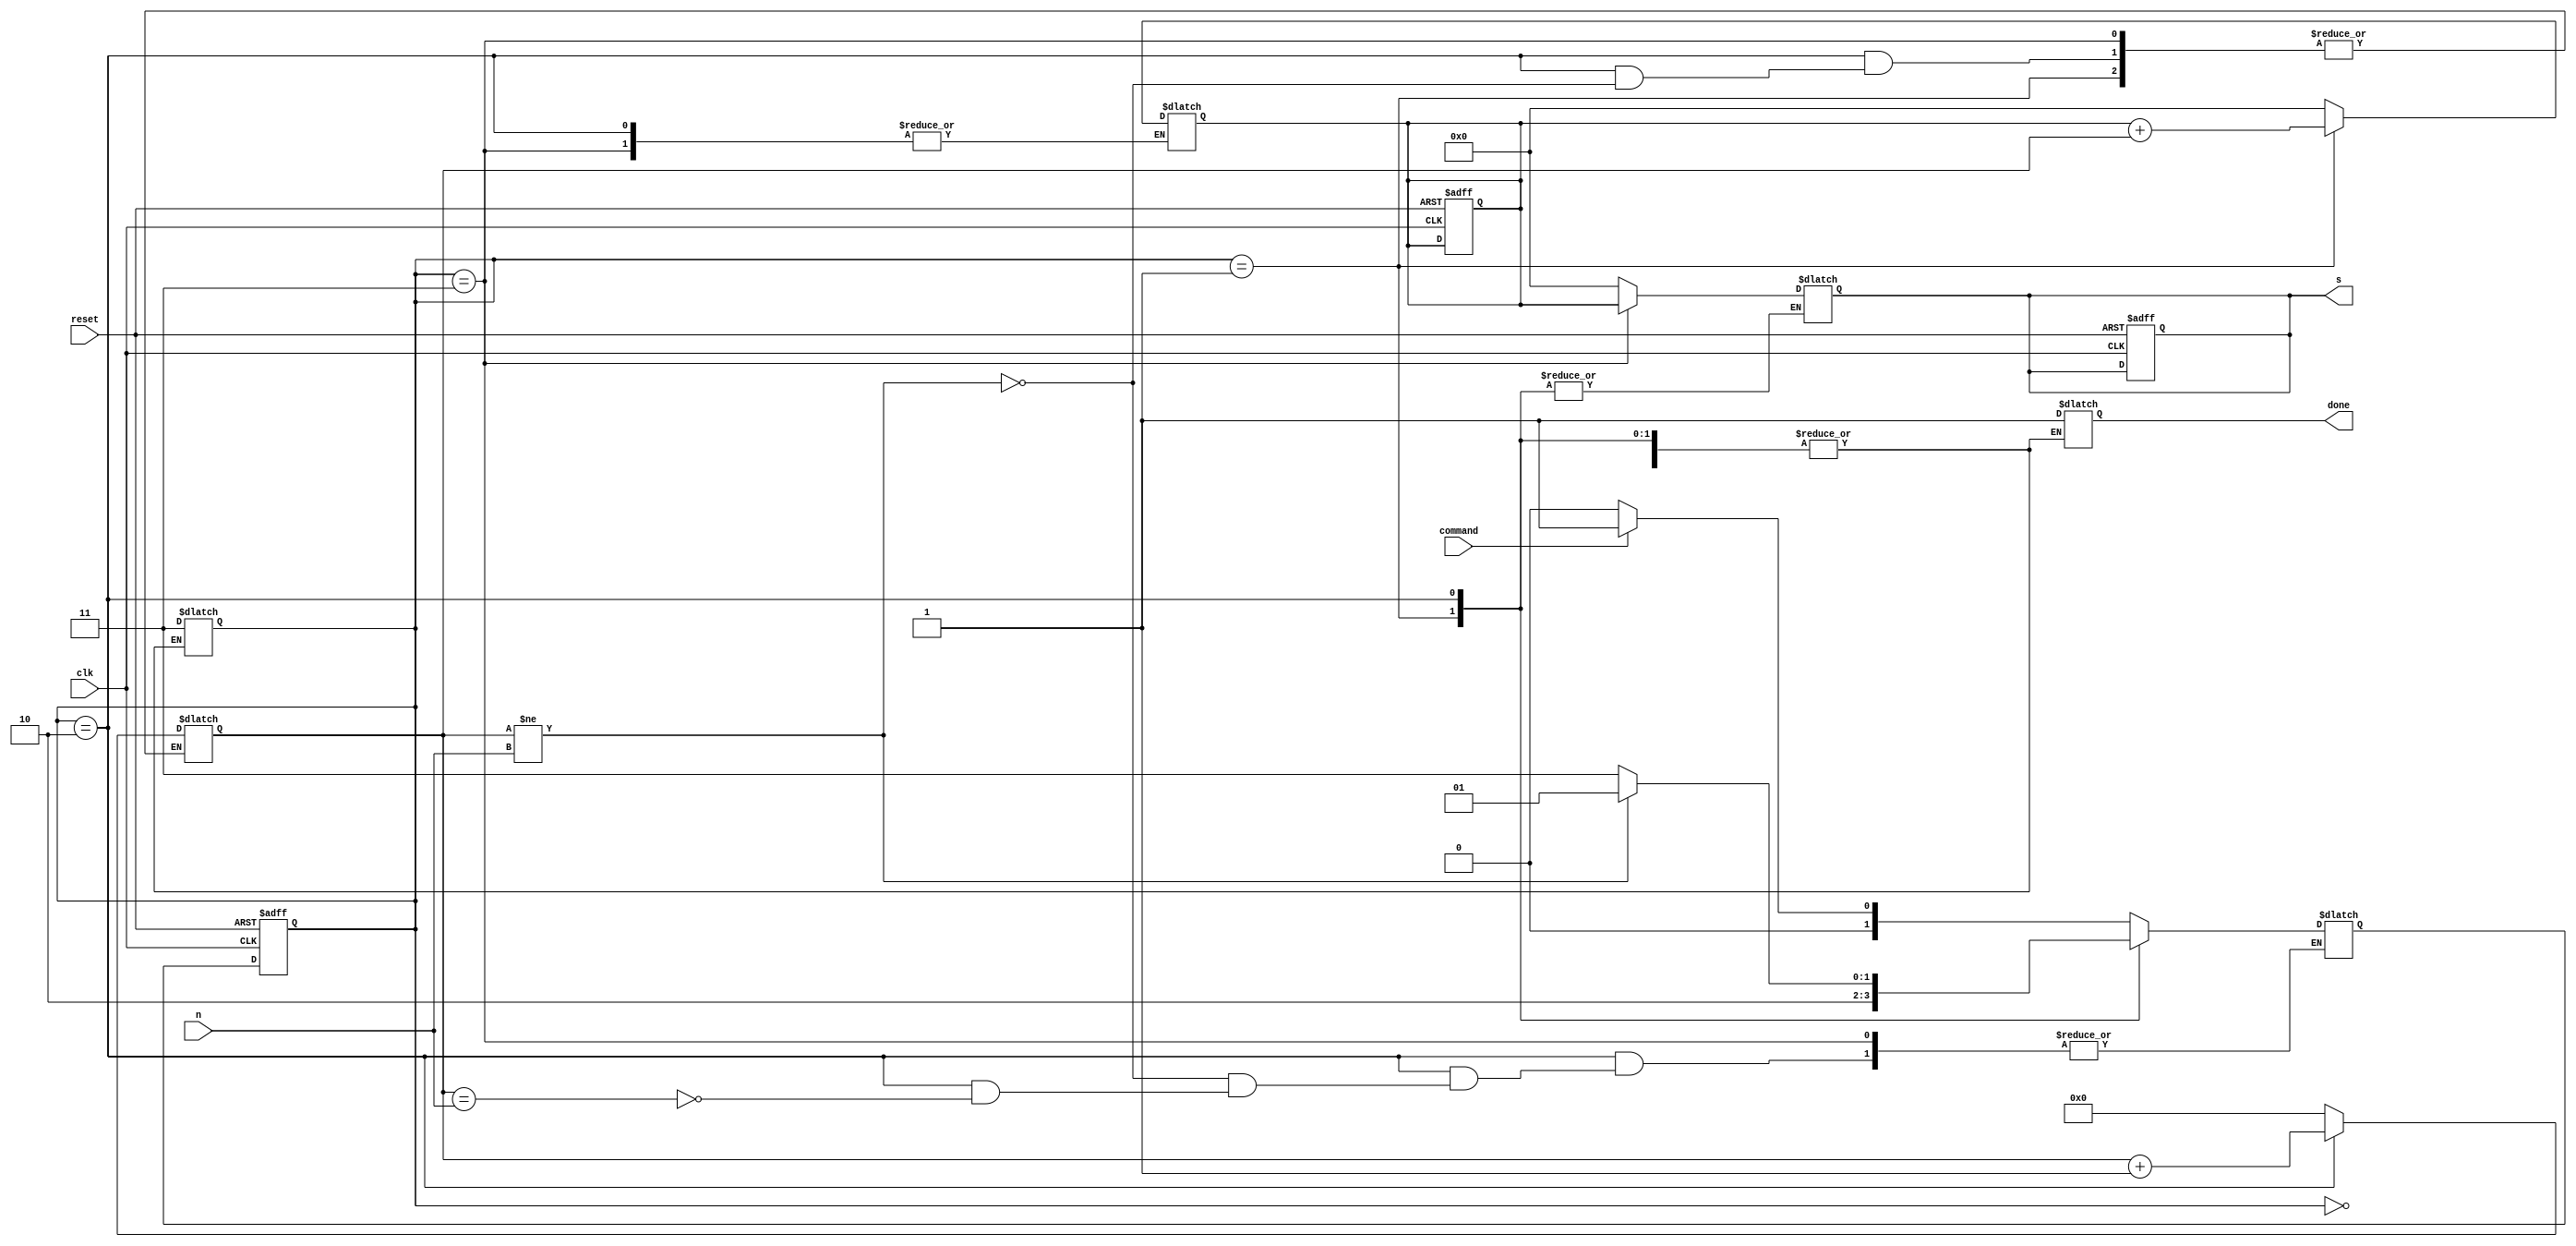
`timescale 1ns / 1ps
//////////////////////////////////////////////////////////////////////////////////
// Company: 
// Engineer: 
// 
// Design Name: 
// Module Name: summation
// Project Name: 
// Target Devices: 
// Tool Versions: 
// Description: 
// 
// Dependencies: 
// 
// Revision:
// Revision 0.01 - File Created
// Additional Comments:
// 
//////////////////////////////////////////////////////////////////////////////////


module summation
    (
        input       clk,
        input       reset,
        input       command,
        input       [3:0] n,
        output reg  done,
        output reg  [5:0] s
    );

    reg [5:0] tempSum;
    reg [3:0] count;

    reg [1:0]   state, next_state;
    parameter   S0 = 0,
                S1 = 1,
                S2 = 2,
                S3 = 3;

    always @(posedge clk or posedge reset) begin
        if (reset) begin
            state = 0;
            s = 0;
            tempSum = 0;
        end
        else
            state = next_state; 
    end

    always @(*) begin
        case (state)
            S0: begin
                    tempSum = 0;
                    count = 0;
                    s = 0;
                    if (command)
                        next_state = S1;
                    else
                        next_state = S0;
                end
            S1: begin
                    tempSum = tempSum + count;
                    next_state = S2;
                end
            S2: begin
                    if (count == n) begin
                        next_state = S3;
                    end
                    if (count != n) begin
                        count = count + 1;
                        next_state = S1;
                    end
                end
            S3:
                begin
                    s = tempSum;
                    done = 1;
                    state = S3;
                end
            default: 
                    next_state = S0;
        endcase
    end

endmodule